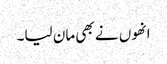
انھوں نے بھی مان لیا۔